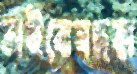
ভাইবোনছড়া